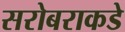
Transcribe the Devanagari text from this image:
सरोबराकडे